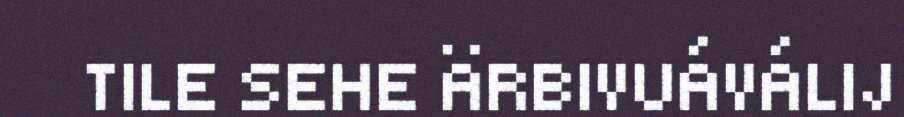
TILE SEHE ÄRBIVUÁVÁLIJ